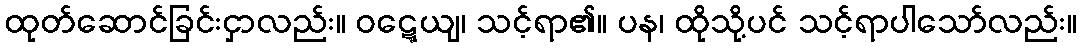
ထုတ်ဆောင်ခြင်းငှာလည်း။ ဝဋ္ဋေယျ၊ သင့်ရာ၏။ ပန၊ ထိုသို့ပင် သင့်ရာပါသော်လည်း။